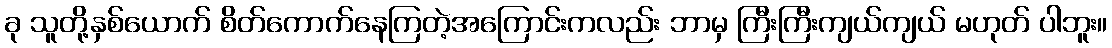
ခု သူတို့နှစ်ယောက် စိတ်ကောက်နေကြတဲ့အကြောင်းကလည်း ဘာမှ ကြီးကြီးကျယ်ကျယ် မဟုတ် ပါဘူး။